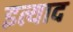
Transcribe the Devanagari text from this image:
इत्याद